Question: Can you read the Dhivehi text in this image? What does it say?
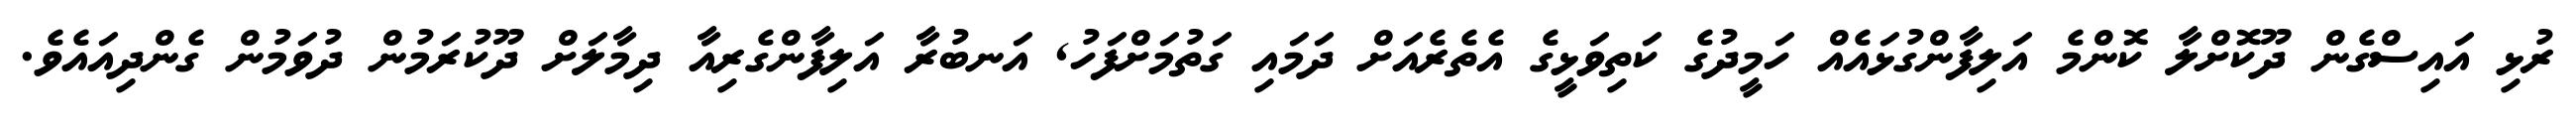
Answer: ރުޅި އައިސްގެން ދޫކޮށްލާ ކޮންމެ އަލިފާންގުޅައެއް ހަމީދުގެ ކަތިވަޅީގެ އެތެރެއަށް ދަމައި ގަތުމަށްފަހު, އަނބުރާ އަލިފާންގެރިއާ ދިމާލަށް ދޫކުރަމުން ދުވަމުން ގެންދިއައެވެ.